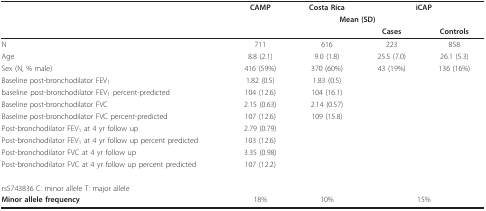
|  | CAMP | Costa Rica | <COLSPAN=2> iCAP |
 |  |  | <COLSPAN=2> Mean (SD) |  |
 |  |  |  | Cases | Controls |
 | --- | --- | --- | --- | --- |
 | N | 711 | 616 | 223 | 858 |
 | Age | 8.8 (2.1) | 9.0 (1.8) | 25.5 (7.0) | 26.1 (5.3) |
 | Sex (N, % male) | 416 (59%) | 370 (60%) | 43 (19%) | 136 (16%) |
 | Baseline post-bronchodilator FEV1 | 1.82 (0.5) | 1.83 (0.5) |  |  |
 | baseline post-bronchodilator FEV1 percent-predicted | 104 (12.6) | 104 (16.1) |  |  |
 | Baseline post-bronchodilator FVC | 2.15 (0.63) | 2.14 (0.57) |  |  |
 | Baseline post-bronchodilator FVC percent-predicted | 107 (12.6) | 109 (15.8) |  |  |
 | Post-bronchodilator FEV1 at 4 yr follow up | 2.79 (0.79) |  |  |  |
 | Post-bronchodilator FEV1 at 4 yr follow up percent predicted | 103 (12.6) |  |  |  |
 | Post-bronchodilator FVC at 4 yr follow up | 3.35 (0.98) |  |  |  |
 | Post-bronchodilator FVC at 4 yr follow up percent predicted | 107 (12.2) |  |  |  |
 | rs5743836 C: minor allele T: major allele |  |  |  |  |
 | Minor allele frequency | 18% | 10% | <COLSPAN=2> 15% |